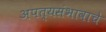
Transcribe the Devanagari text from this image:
अपत्यसंभावाचे